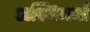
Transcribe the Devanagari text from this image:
अस्थिमर्मा